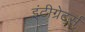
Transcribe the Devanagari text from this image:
इंटीग्रेटर्स